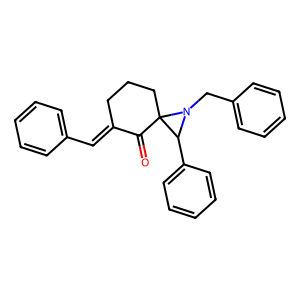
SMILES: O=C1C(=Cc2ccccc2)CCCC12C(c1ccccc1)N2Cc1ccccc1
Inhibits HIV replication: No